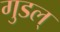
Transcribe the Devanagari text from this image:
गुडल्